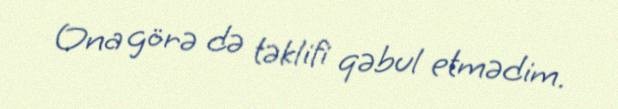
Ona görə də təklifi qəbul etmədim.